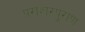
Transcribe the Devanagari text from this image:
पराशरपुराण